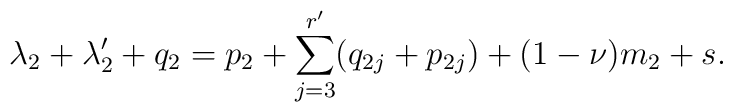
\lambda_2+\lambda_2'+q_2=p_2+\sum_{j=3}^{r'}(q_{2j}+p_{2j})+(1-\nu)m_2+s.